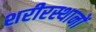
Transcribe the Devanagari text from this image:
शरीरस्थानों